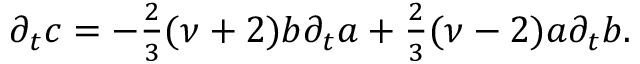
\partial _ { t } c = - { \textstyle { \frac { 2 } { 3 } } } ( \nu + 2 ) b \partial _ { t } a + { \textstyle { \frac { 2 } { 3 } } } ( \nu - 2 ) a \partial _ { t } b .